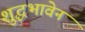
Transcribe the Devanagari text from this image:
शुद्धभावेन